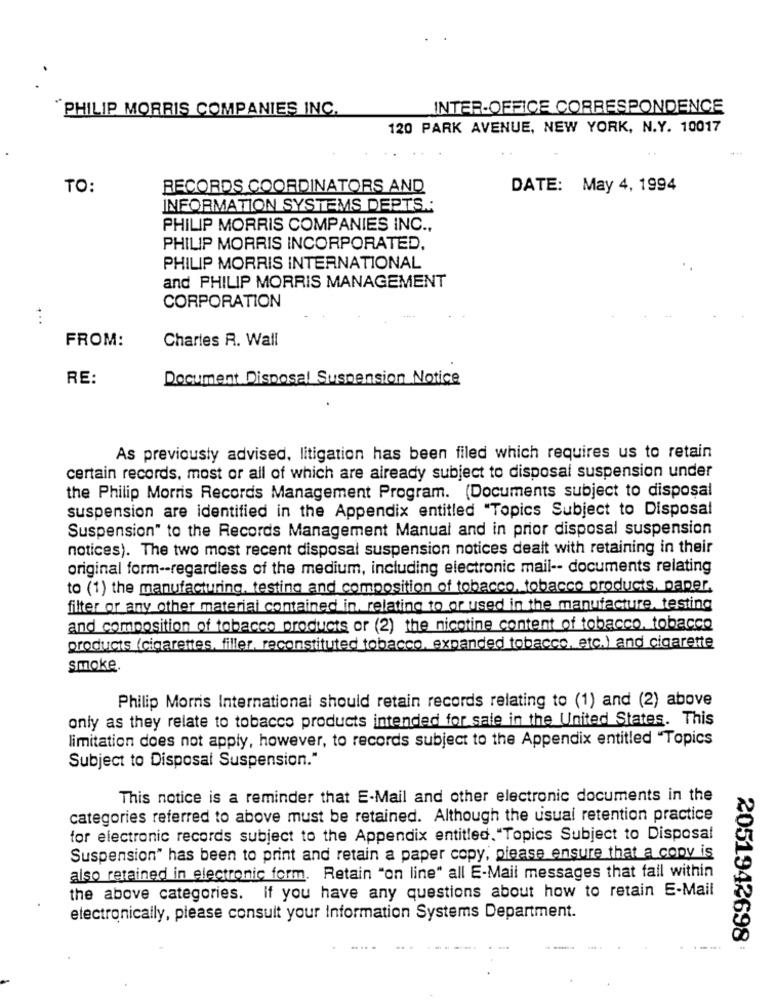
PHILIP MORRIS COMPANIES INC.
INTER-OFFICE CORRESPONDENCE
120 PARK AVENUE, NEW YORK, N.Y. 10017
TO:
RECORDS COORDINATORS AND
DATE: May 4, 1994
INFORMATION SYSTEMS DEPTS .;
PHILIP MORRIS COMPANIES INC .,
PHILIP MORRIS INCORPORATED.
PHILIP MORRIS INTERNATIONAL
and PHILIP MORRIS MANAGEMENT
CORPORATION
FROM:
Charles R. Wall
RE:
Document Disposal Suspension Notice
As previously advised, litigation has been filed which requires us to retain
certain records, most or all of which are already subject to disposal suspension under
the Philip Morris Records Management Program. (Documents subject to disposal
suspension are identified in the Appendix entitled "Topics Subject to Disposal
Suspension" to the Records Management Manual and in prior disposal suspension
notices). The two most recent disposal suspension notices dealt with retaining in their
original form -- regardless of the medium, including electronic mail -- documents relating
to (1) the manufacturing, testing and composition of tobacco, tobacco products, paper.
filter or any other material contained in, relating to or used in the manufacture, testing
and composition of tobacco products or (2) the nicotine content of tobacco, tobacco
products (cigarettes, filler, reconstituted tobacco, expanded tobacco, etc.) and cigarette
smoke.
Philip Morris International should retain records relating to (1) and (2) above
only as they relate to tobacco products intended for sale in the United States. This
limitation does not apply, however, to records subject to the Appendix entitled "Topics
Subject to Disposal Suspension."
This notice is a reminder that E-Mail and other electronic documents in the
categories referred to above must be retained. Although the usual retention practice
for electronic records subject to the Appendix entitled."Topics Subject to Disposal
Suspension" has been to print and retain a paper copy, please ensure that a copy is
also retained in electronic form. Retain "on line" all E-Mail messages that fall within
the above categories. If you have any questions about how to retain E-Mail
electronically, please consult your Information Systems Department.
2051942698